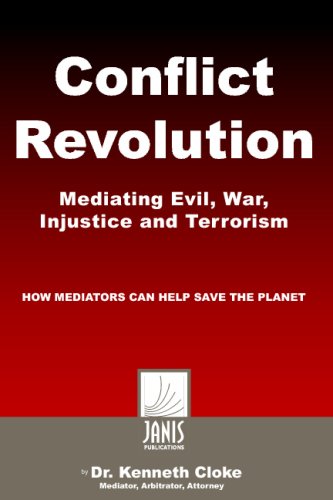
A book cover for Conflict Revolution: Mediating Evil, War, Injustice And Terrorism; Kenneth Cloke; Law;